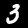
Digit: 3